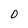
Character: 0